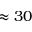
\approx 3 0